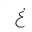
Letter: _gayn